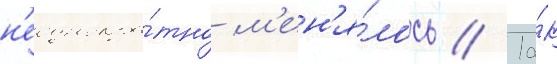
н'еоднокра́тно м'ен'я́лось // Та́к